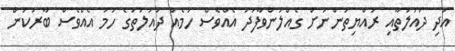
އަދި ދައުލަތާއި ރައްޔިތުންނަށް ގެއްލުންވާފަދަ އެއްވެސް ހަމެއް ދައުލަތުގެ ހަމަ އެއްވެސް ބާރަކުން